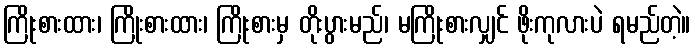
ကြိုးစားထား၊ ကြိုးစားထား၊ ကြိုးစားမှ တိုးပွားမည်၊ မကြိုးစားလျှင် ဖိုးကုလားပဲ ရမည်တဲ့။